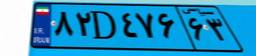
۸۲D۴۷۶۶۳